Civil Veterinary Dept. Bombay admin report 1914-1922 - 1914-1922
Year: 1914
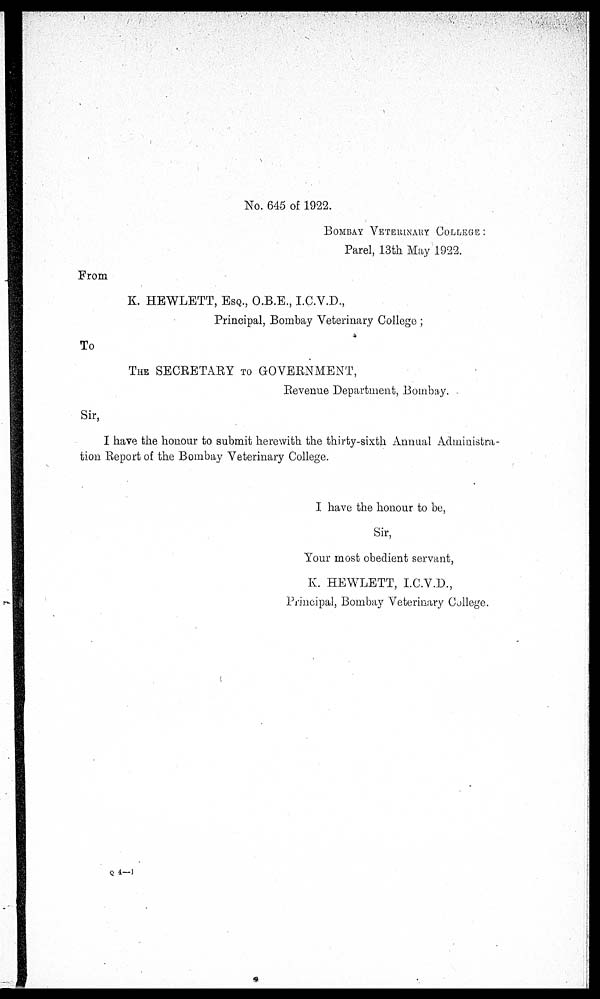
No. 645 of 1922.
BOMBAY VETERINARY COLLEGE :
Parel, 13th May 1922.
From
K. HEWLETT, ESQ., O.B.E., I.C.V.D.,
Principal, Bombay Veterinary College;
To
THE SECRETARY TO GOVERNMENT,
Revenue Department, Bombay.
Sir,
I have the honour to submit herewith the thirty-sixth Annual Administra-
tion Report of the Bombay Veterinary College.
I have the honour to be,
Sir,
Your most obedient servant,
K. HEWLETT, I.C.V.D.,
Principal, Bombay Veterinary College.
Q 4—1